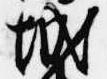
城